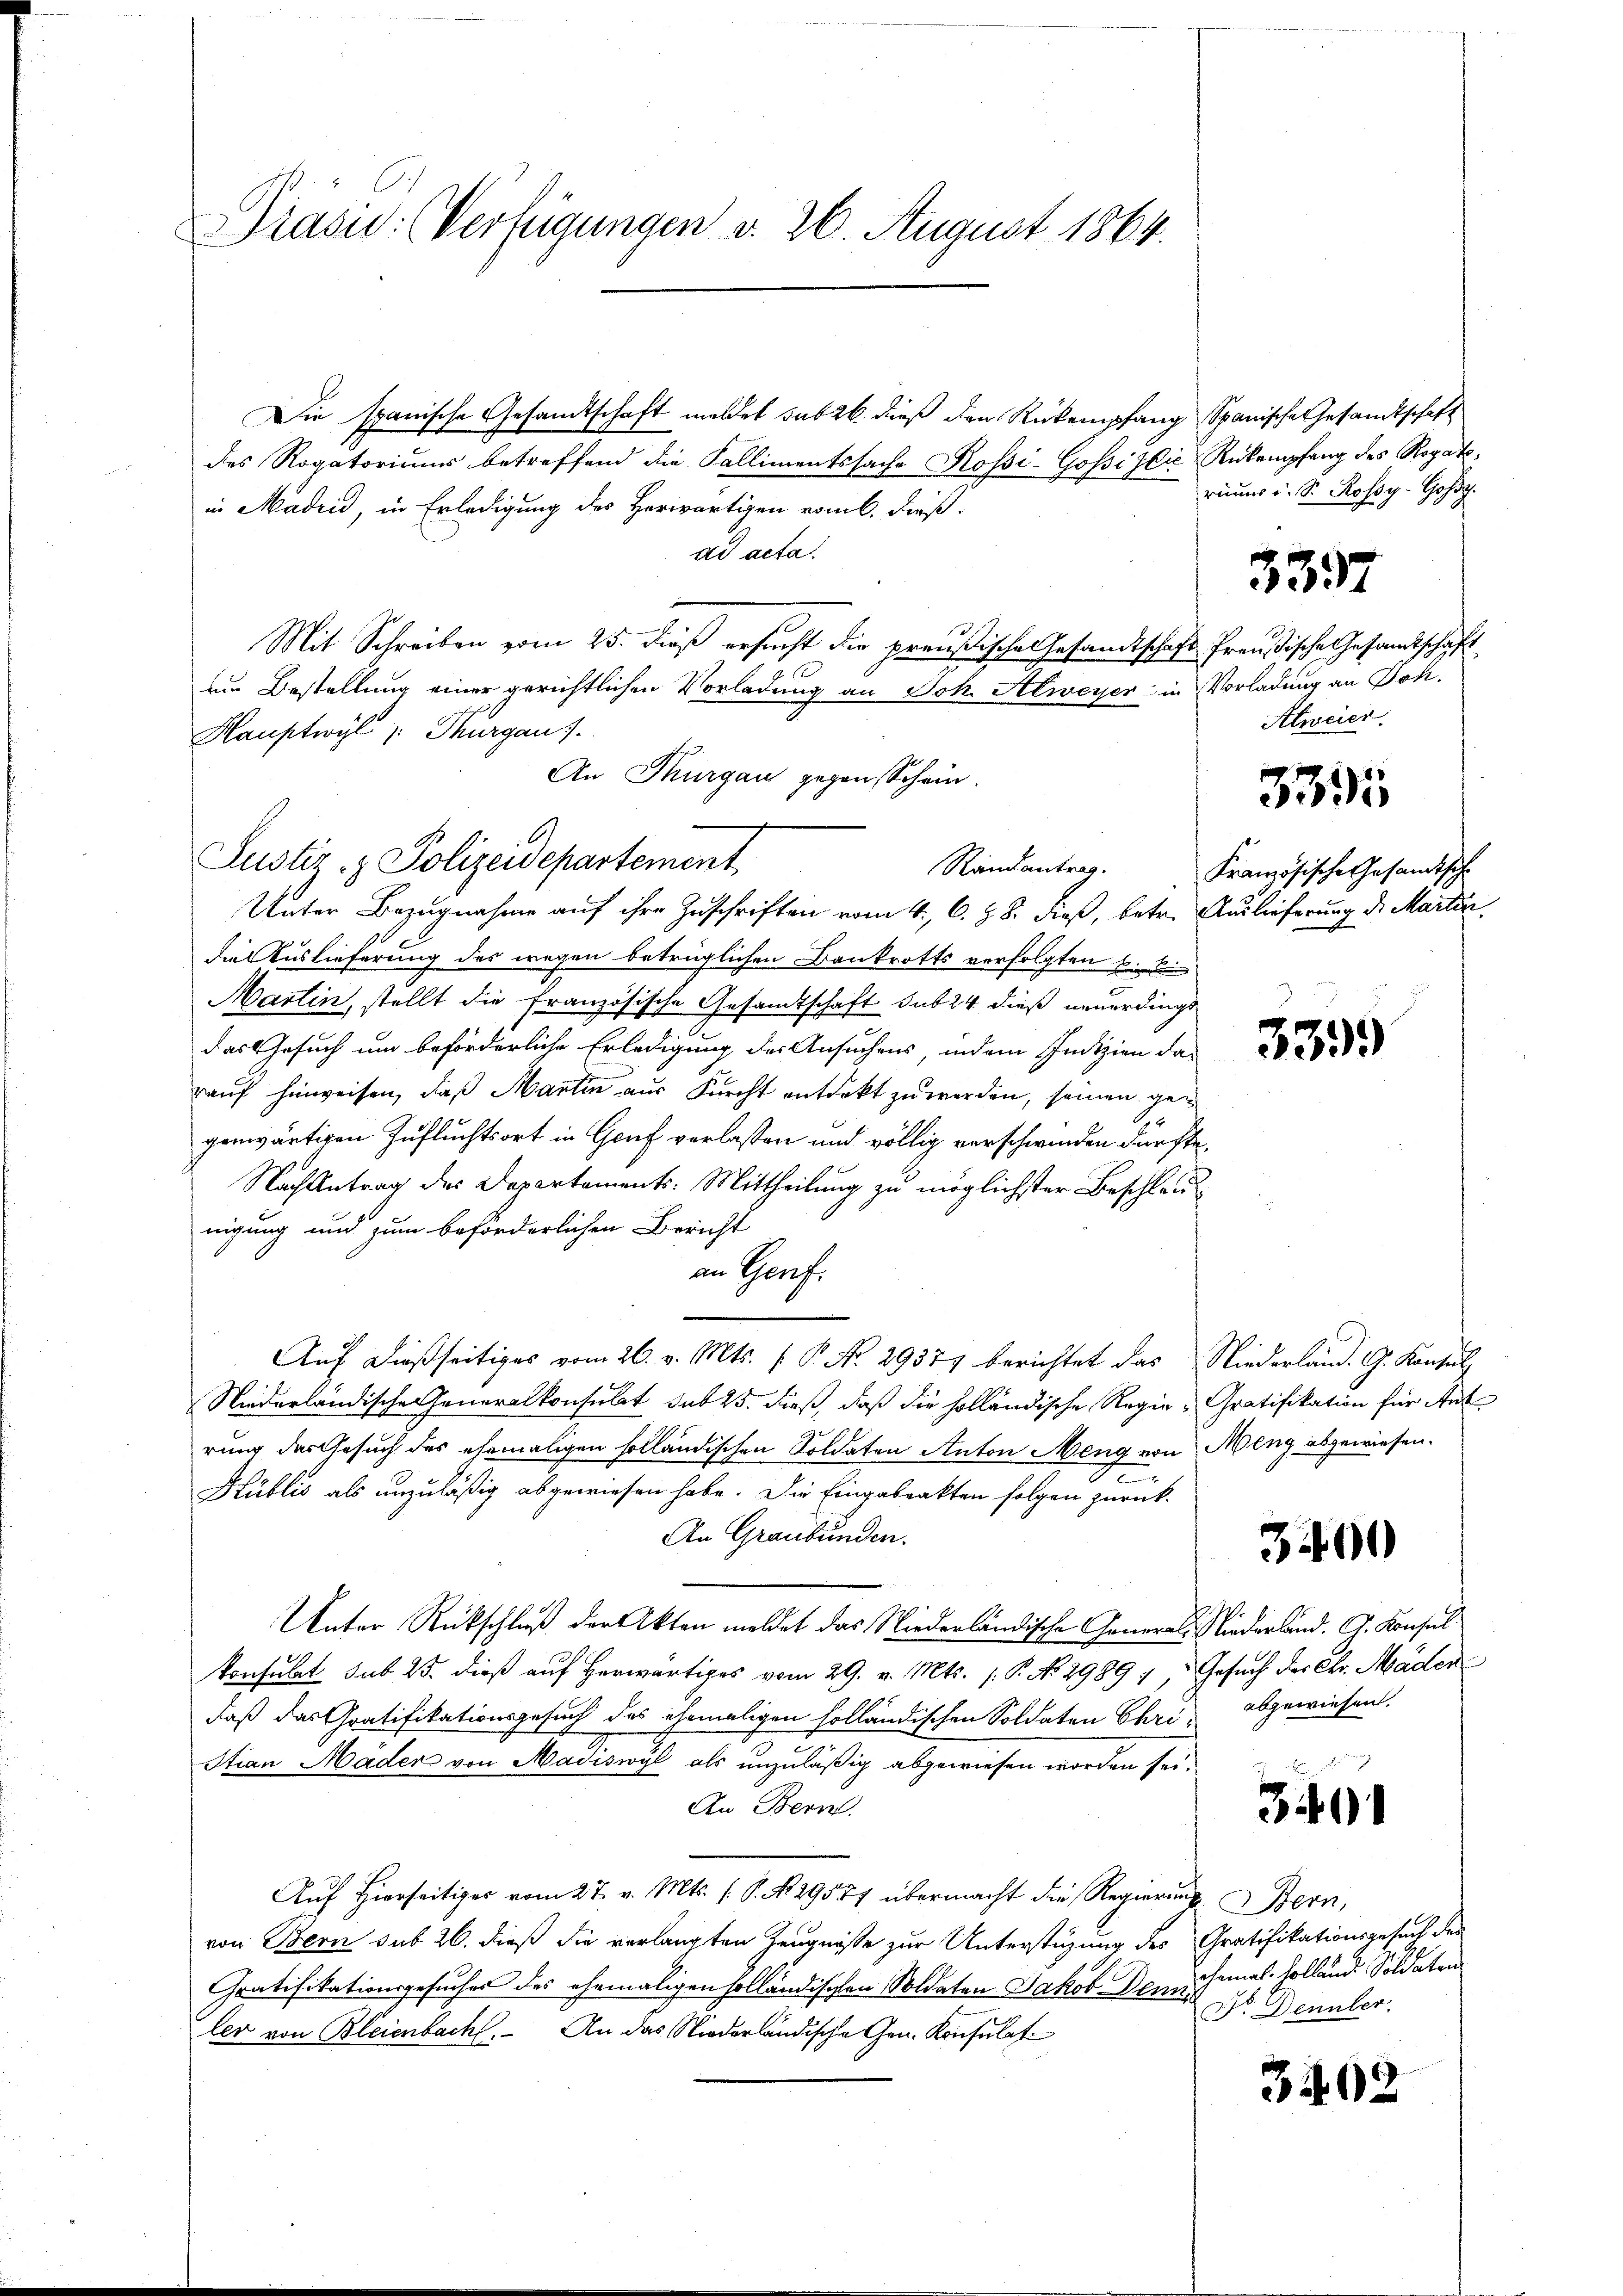
Präsid.: (Verfügungen v. 26. August 1864.

Die spanische Gesandtschaft meldet sub 26. dieß den Rückempfang Spanische Gesandtschaft
des Rogatoriums betreffend die Fallimentssache Rossi-Gossilić Rukempfang des Rogatoin Madrid, in Erledigung des Herwärtigen vom k. dießdd acta.
Mit Schreiben vom 25. dieß ersucht die preußischen Gesandtschaft Preußische Gesandtschaft
um Bestellung einer gerichtlichen Vorladung an Joh. Alweyer in Vorladung an Joh.
Hauptwyl, Thurgau).
An Thurgau gegen Schein.
Randantrag.
Unter Bezugnahme auf ihre Zuschriften vom 4. C. Z. 8. dieß, betr. Auslieferung des Martir
die Auslieferung des wegen betrüglichen Bankrotts verfolgten u. be
Martin, stellt die französische Gesandtschaft sub 24 dieß neuerdingt
2
das Gesuch um beförderliche Erledigung des Ansuchens, indem Indizien darauf hinweisen, daß Martin aus Furcht entdekt zu werden, seinen gen
genwärtigen Zufluchtsort in Gruf verlassen und völlig verschwinden dürfte,
Nach Antrag des Departements: Mittheilung zu möglichster Beschlau
nigung und zum beförderlichen Bericht
an Genf.
Auf dießseitiges vom 26. v. Mts. f. P. No. 29374 berichtet das Niederland. G. Konsul
Niederländische Generalkonsulat sub 25. dieß, daß die holländische Regie - Gratifikation für Ant
rung das Gesuch des ehemaligen solländischen Soldaten Anton Meng von Meng abgewiesen.
d
Hüblis als unzuläßig abgewiesen habe. Die Eingabeakten folgen zurück¬
An Graubünden.
Unter Rückschluß der Akten meldet das Niederländische General-Niederband. G. Konsul
konsulat sub 25. dieß auf herwärtiges vom 29. v. Mts. 1. P. No 29897, Gesuch der Chr. Mader
daß das Gratifikationsgesuch des ehemaligen holländischen Soldaten Chri¬
Stian Mader von Madiswyl als unzuläßig abgewiesen worden sei.
An Bern.
Auf Hierseitiges vom 27. v. Mts. (: P. N. 29557 übermacht die Regierung Bern,
von Bern sub 26. dieß die verlangten Zeugniße zur Unterstüzung des Gratifikationsgesuch der
Gratifikationsgesuches des ehemaligen holländischen Soldaten Jakob Vorschenal. Holländ. Soldaten
ler von Bleienbach. An das Niederländische Gen. Konsulat

Justiz- & Polizeidepartement

riums u. S. Rossy-Goß.

337

Alweier.

335

Französische Gesamtsch

339.

3400

abgewiesen.

391

Dr. Dennler.

3402